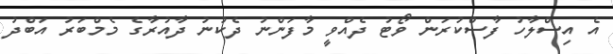
އެ އިސްލާހު ފާސްކުރަން ވޯޓު ދެއްވީ މާފަންނު ދެކުނު ދާއުރާގެ މެމްބަރު އަބްދު